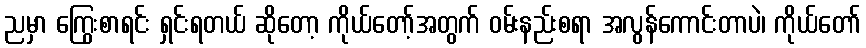
ညမှာ ကြွေးစာရင်း ရှင်းရတယ် ဆိုတော့ ကိုယ်တော့်အတွက် ဝမ်းနည်းစရာ အလွန်ကောင်းတာပဲ၊ ကိုယ်တော်